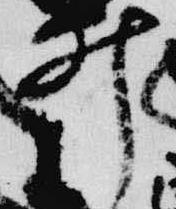
井